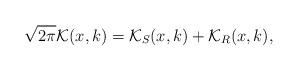
LaTeX: \begin{align*}\sqrt{2\pi}\mathcal{K}(x,k) = \mathcal{K}_{S}(x,k) + \mathcal{K}_{R}(x,k),\end{align*}